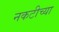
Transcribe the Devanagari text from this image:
नकटीच्या